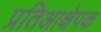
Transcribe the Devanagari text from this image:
प्रतिआक्षेपक